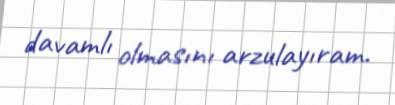
davamlı olmasını arzulayıram.